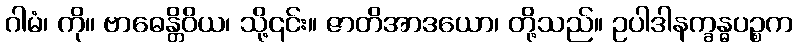
ဂါမံ၊ ကို။ ဗာဓေန္တိဝိယ၊ သို့၎င်း။ ဇာတိအာဒယော၊ တို့သည်။ ဥပါဒါနက္ခန္ဓပဉ္စက